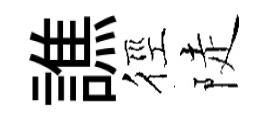
譙徑陡